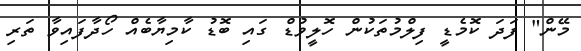
މޭން" ފަދަ ކޮމެޑީ ފިލްމުތަކުން ހޮލީވުޑް ގައި ބޮޑު ކާމިޔާބެއް ހޯދާފައިވާ ތަރި